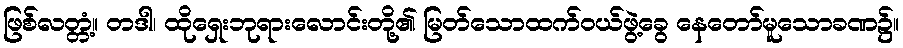
ဖြစ်လတ္တံ့။ တဒါ၊ ထိုရှေးဘုရားလောင်းတို့၏ မြတ်သောထက်ဝယ်ဖွဲ့ခွေ နေတော်မူသောခဏ၌။